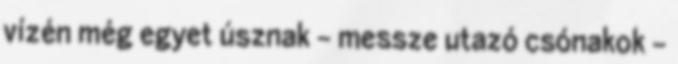
vízén még egyet úsznak – messze utazó csónakok –